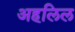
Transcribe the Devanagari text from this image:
अहलिल